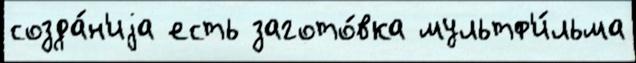
созда́н'иjа есть загото́вка мультф'и́льма